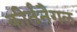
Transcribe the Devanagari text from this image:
कीर्तनैगल